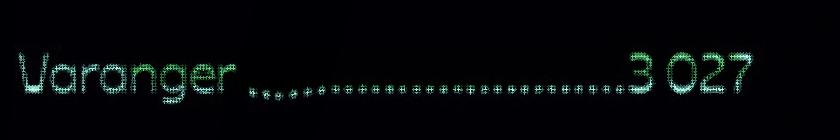
Varanger ............................3 027